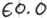
Text: E0.0